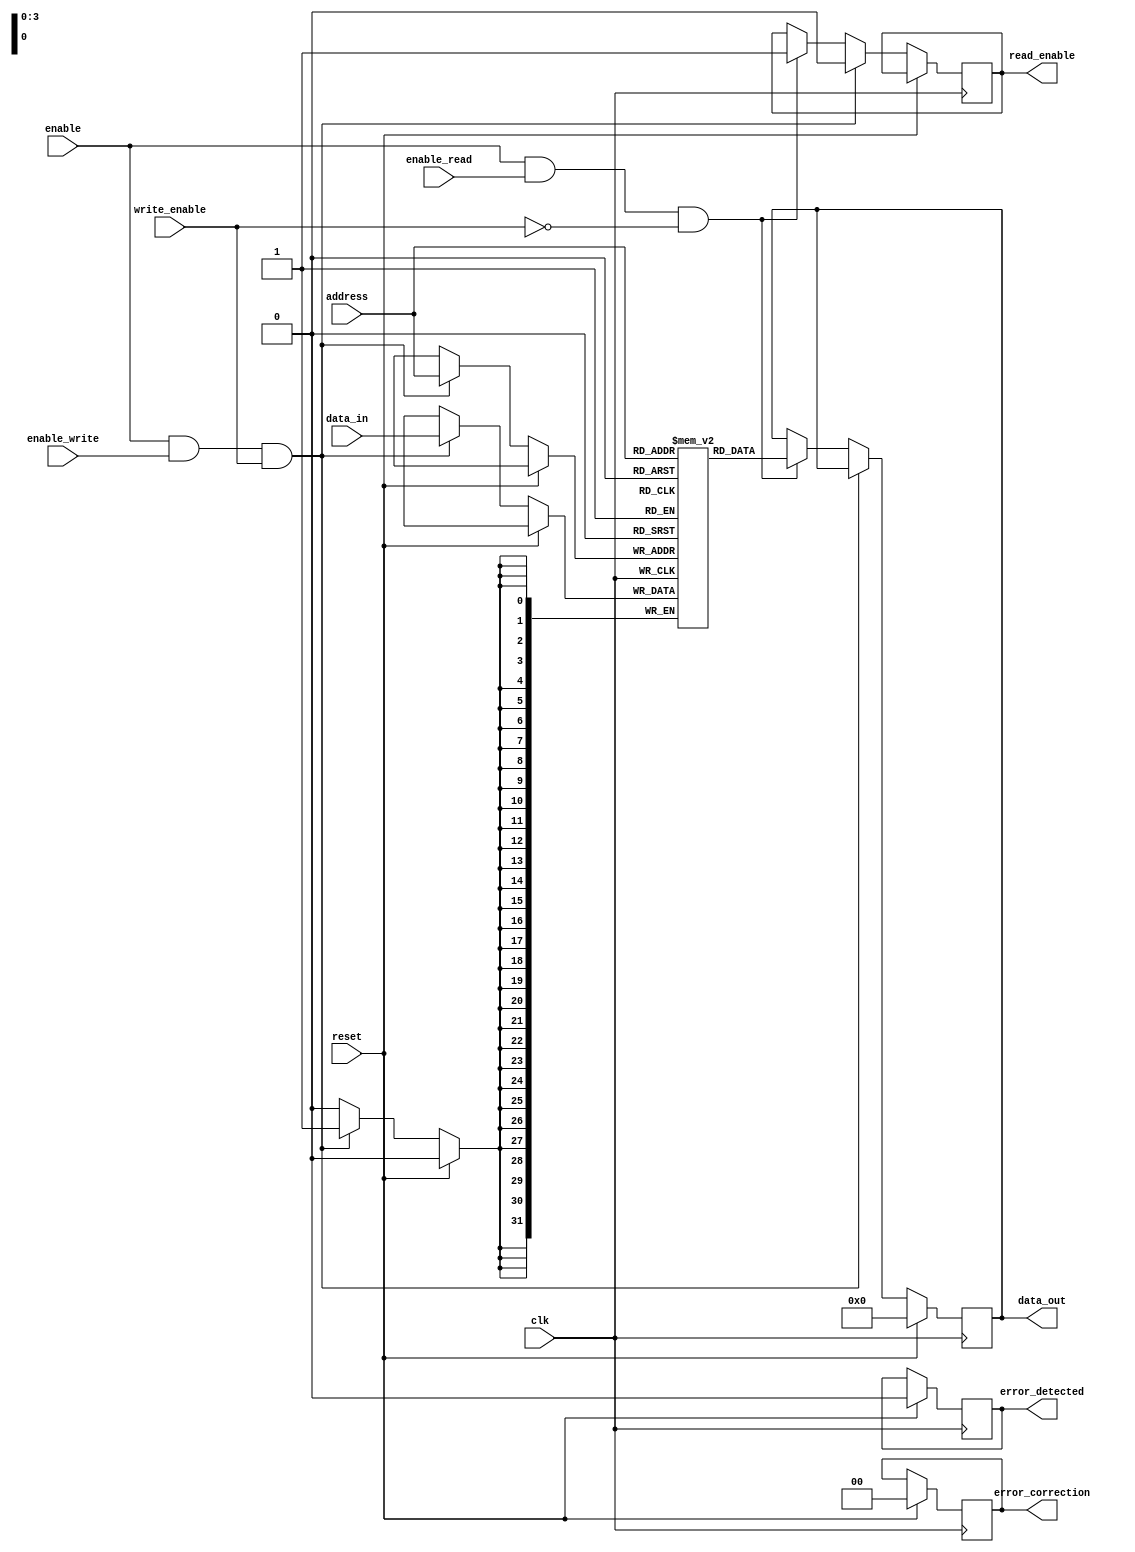
module memory_blocks_qdr_sram (
    input wire clk,
    input wire reset,
    input wire enable,
    input wire [31:0] data_in,
    output reg [31:0] data_out,
    input wire write_enable,
    output reg read_enable,
    input wire [3:0] address,
    input wire enable_write,
    input wire enable_read,
    output reg error_detected,
    output reg [1:0] error_correction
);

// Memory block definition
reg [31:0] memory_block [0:15];

// Data write operation
always @(posedge clk) begin
    if (reset) begin
        data_out <= 32'h00000000;
    end else begin
        if (enable && enable_write && write_enable) begin
            memory_block[address] <= data_in;
            read_enable <= 1'b0;
        end else if (enable && enable_read && ~write_enable) begin
            data_out <= memory_block[address];
            read_enable <= 1'b1;
        end
    end
end

// Error detection and correction
always @(posedge clk) begin
    if (reset) begin
        error_detected <= 1'b0;
        error_correction <= 2'b00;
    end else begin
        // Implement error detection and correction mechanisms
        // based on the stored data in memory blocks
    end
end

endmodule